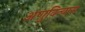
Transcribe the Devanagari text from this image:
अणुविन्यास